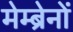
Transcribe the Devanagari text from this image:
मेम्ब्रेनों